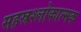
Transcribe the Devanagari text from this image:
सहस्रश्लोकात्मक